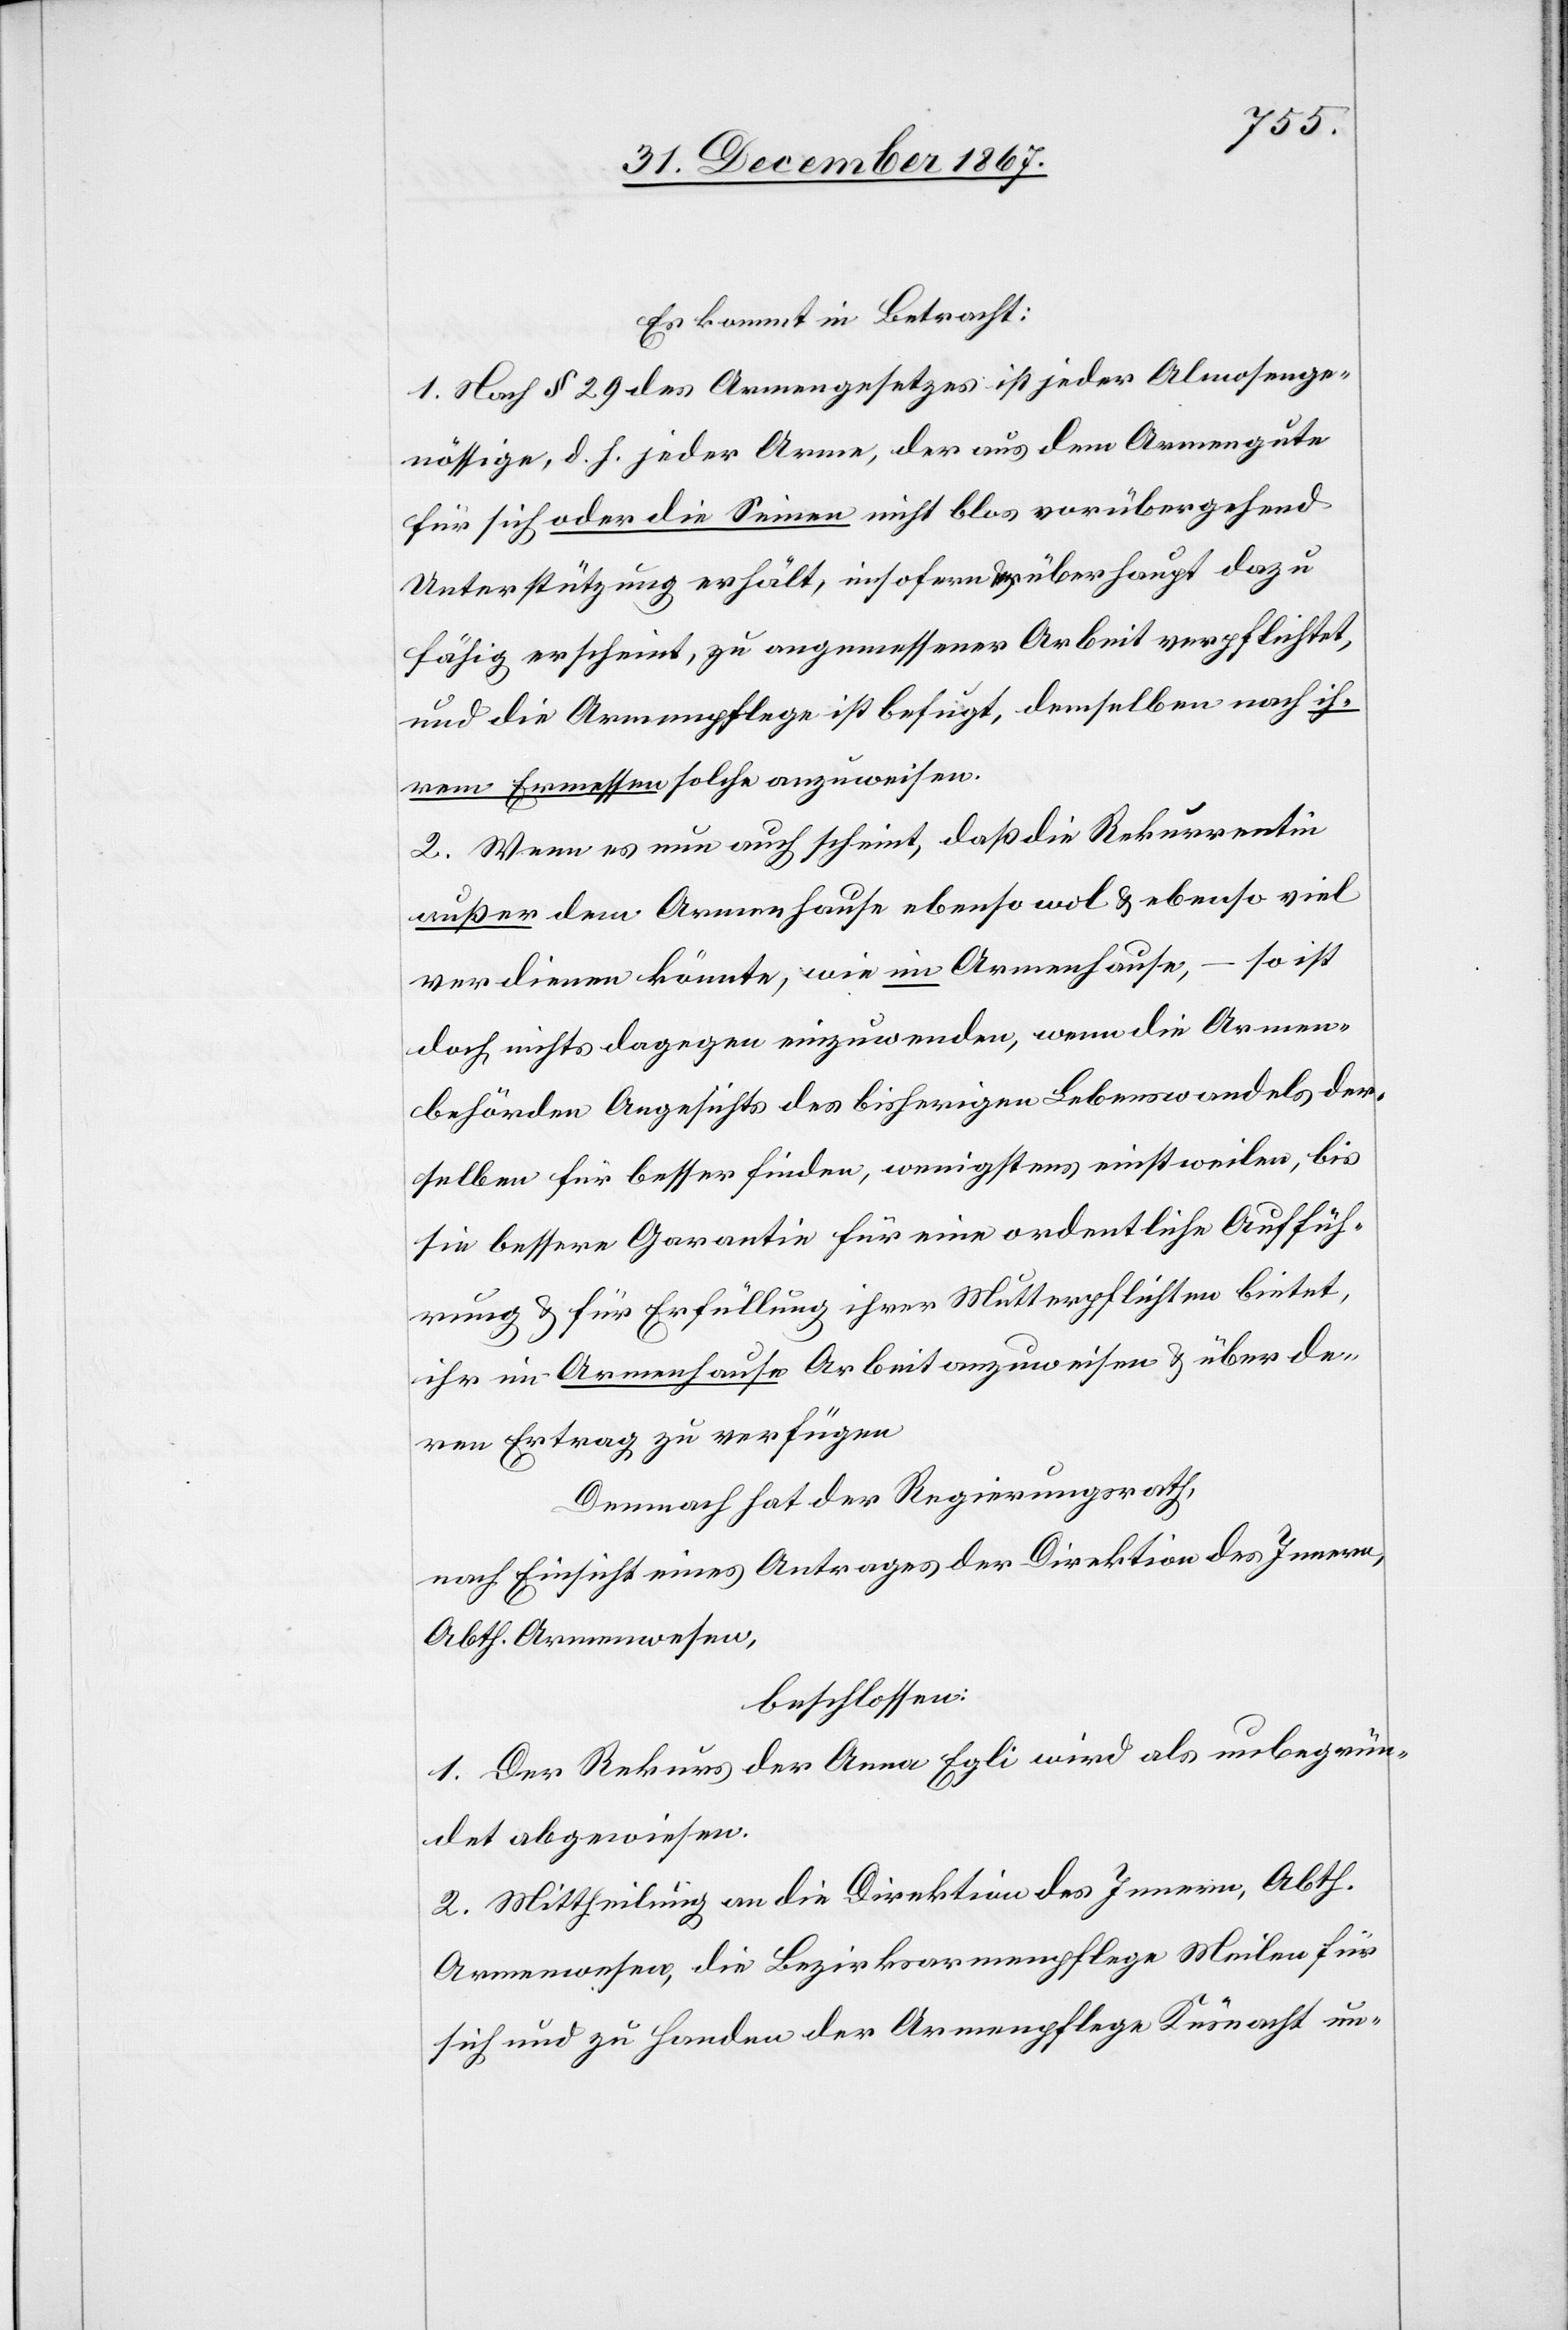
Es kommt in Betracht:
1. Nach § 29 des Armengesetzes ist jeder Almosenge¬
nössige, d. h. jeder Arme, der aus dem Armengute
für sich oder die Seinen nicht blos vorübergehend
Unterstützung erhält, insofern er überhaupt dazu
fähig erscheint, zu angemessener Arbeit verpflichtet,
und die Armenpflege ist befugt, demselben nach ih¬
rem Ermessen solche anzuweisen.
2. Wenn es nun auch scheint, daß die Rekurrentin
außer dem Armenhause ebenso wol u. ebenso viel
verdienen könnte, wie im Armenhause, – so ist
doch nichts dagegen einzuwenden, wenn die Armen¬
behörden Angesichts des bisherigen Lebenswandels der¬
selben für besser finden, wenigstens einstweilen, bis
sie bessere Garantie für eine ordentliche Auffüh¬
rung u. für Erfüllung ihrer Mutterpflichten bietet,
ihr im Armenhause Arbeit anzuweisen u. über de¬
ren Ertrag zu verfügen.
Demnach hat der Regierungsrath,
nach Einsicht eines Antrages der Direktion des Innern,
Abth. Armenwesen,
beschlossen:
1. Der Rekurs der Anna Egli wird als unbegrün¬
det abgewiesen.
2. Mittheilung an die Direktion des Innern, Abth.
Armenwesen, die Bezirksarmenpflege Meilen für
sich und zu Handen der Armenpflege Küsnacht un-